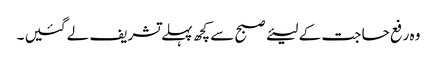
وہ رفع حا جت کے لیئے صبح سے کچھ پہلے تشریف لے گئیں ۔